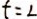
t = L